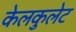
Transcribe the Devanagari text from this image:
केलकुलेट